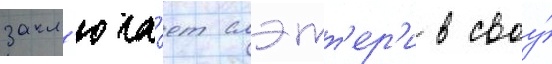
закл'юча́ет слэтт'ер'и в своу́